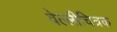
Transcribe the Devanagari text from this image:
वेल्लीचित्रक